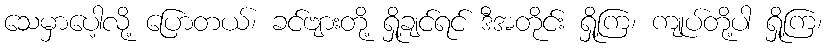
သေမှာပေါ့လို့ ပြောတယ်၊ ခင်ဗျားတို့ ရှို့ချင်ရင် ဒီအတိုင်း ရှို့ကြ၊ ကျုပ်တို့ပါ ရှို့ကြ၊